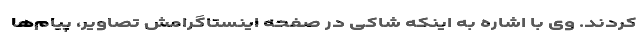
کردند. وی با اشاره به اینکه شاکی در صفحه اینستاگرامش تصاویر، پیام‌ها